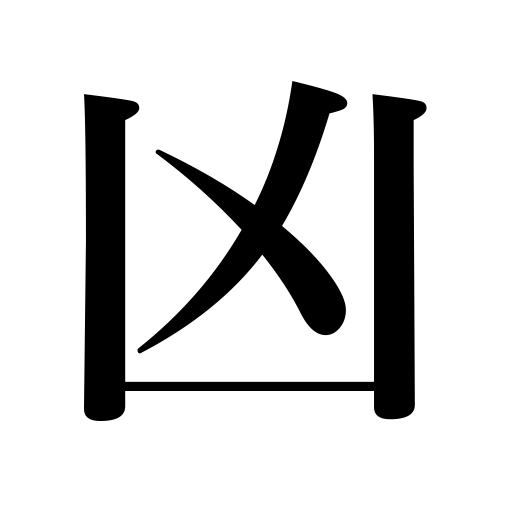
Meanings: disaster,evil,bad harvest,bad luck